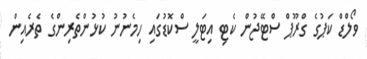
ވޯލްޑް ކަޕުގެ ގްރޫޕް ސްޓޭޖުން ކެޓި އިޓަލީ ސްކޮޑުގައި ހިމެނުނު ކުޅުންތެރިންގެ ތެރެއިން